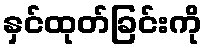
နှင်ထုတ်ခြင်းကို